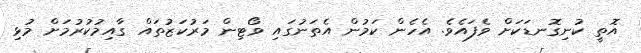
އޮތީ ކުނިގޮނޑަކަށް ވެފައެވެ. އެހެން ކަމުން އެތަނުގައި ވޯޓިން މަރުކަޒުތައް ގާއިމުކުރުމަށް މުޅި